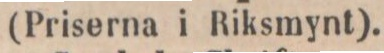
(Priserna i Riksmynt).